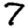
Digit: 7